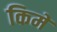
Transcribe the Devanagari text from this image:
किमें